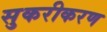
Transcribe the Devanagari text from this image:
सुकरीकरण